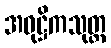
အဝုဋ္ဌိကသုတ္တ